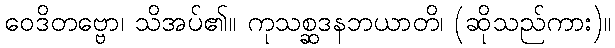
ဝေဒိတဗ္ဗော၊ သိအပ်၏။ ကုသစ္ဆဒနဘယာတိ၊ (ဆိုသည်ကား)။